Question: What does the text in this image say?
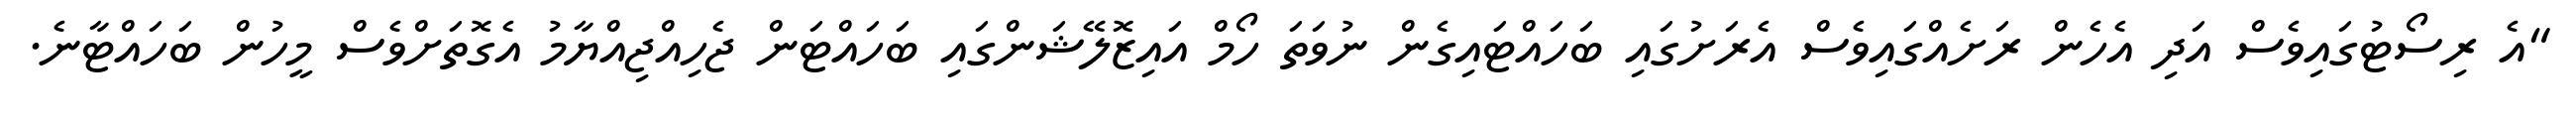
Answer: "އެ ރިސޯޓުގައިވެސް އަދި އެހެން ރަށެއްގައިވެސް އެރަށުގައި ބަހައްޓައިގެން ނުވަތަ ހޯމް އައިޒޮލޭޝަންގައި ބަހައްޓަން ޖެހިއްޖިއްޔާމު އެގޮތަށްވެސް މީހުން ބަހައްޓާނެ.